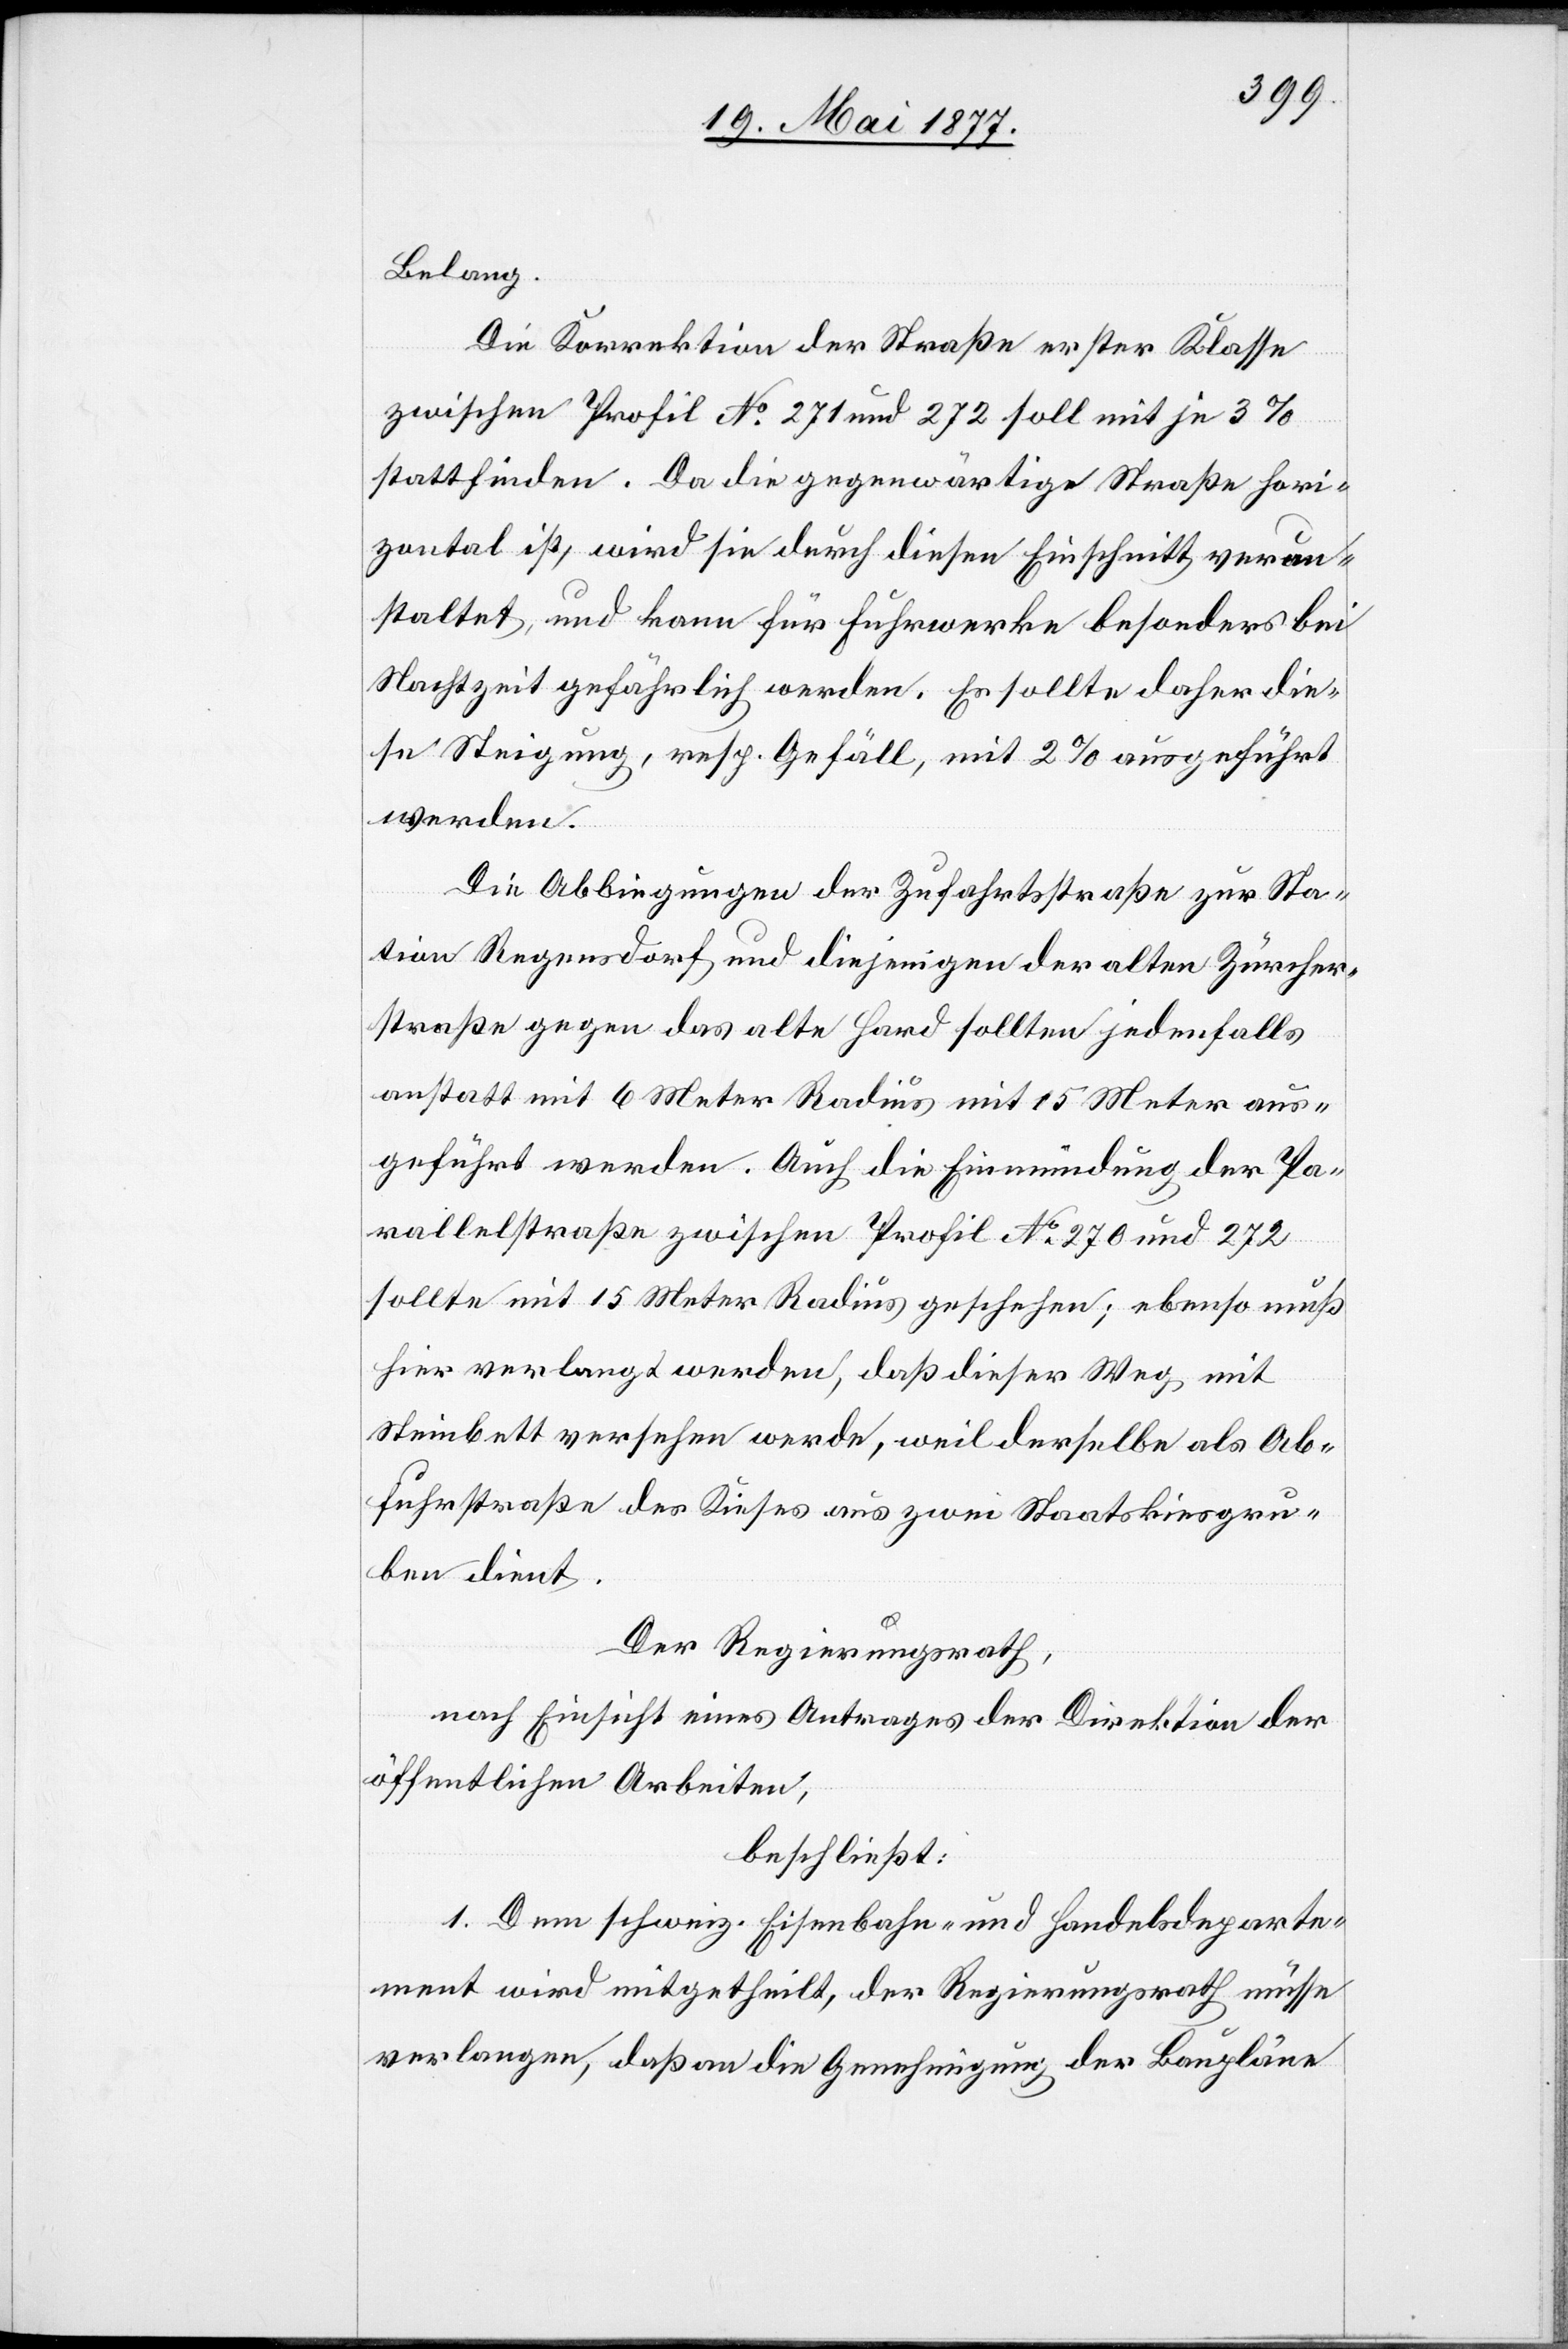
Belang.
Die Korrektion der Straße erster Klasse
zwischen Profil No 271 und 272 soll mit je 3%
stattfinden. Da die gegenwärtige Straße hori¬
zontal ist, wird sie durch diesen Einschnitt verun¬
staltet, und kann für Fuhrwerke besonders bei
Nachtzeit gefährlich werden. Es sollte daher die¬
se Steigung, resp. Gefäll, mit 2% ausgeführt
werden.
Die Abbiegungen der Zufahrtsstraße zur Sta¬
tion Regensdorf und diejenige der alten Zürcher¬
straße gegen das alte Hard sollten jedenfalls
anstatt mit 6 Meter Radius mit 15 Meter aus¬
geführt werden. Auch die Einmündung der Pa¬
rallelstraße zwischen Profil No 270 und 272
sollte mit 15 Meter Radius geschehen; ebenso muß
hier verlangt werden, daß dieser Weg mit
Steinbett versehen werde, weil derselbe als Ab¬
fuhrstraße des Kieses aus zwei Staatskiesgru¬
ben dient.
Der Regierungsrath,
nach Einsicht eines Antrages der Direktion der
öffentlichen Arbeiten,
beschließt:
1. Dem schweiz. Eisenbahn- und Handelsdeparte¬
ment wird mitgetheilt, der Regierungsrath müsse
verlangen, daß an die Genehmigung der Baupläne